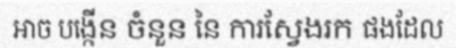
អាច បង្កើន ចំនួន នៃ ការស្វែងរក ផងដែល